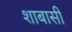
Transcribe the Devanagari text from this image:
शाबासी